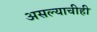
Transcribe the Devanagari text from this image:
असल्याचीही